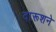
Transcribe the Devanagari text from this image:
दारूशने